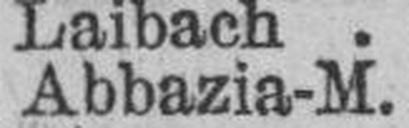
Abbazia-M.